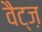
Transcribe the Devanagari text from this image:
वैट्ज़